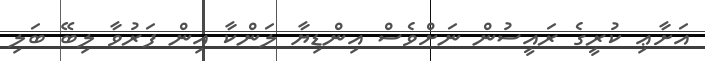
އަށާޢި ކުރީގެ ރައީސުން ނަށްވެސް އިންޑިޔާ ލަންކާ އިން ފަރުވާ ލިބޭ ބަލި